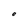
Character: O